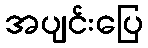
အပျင်းပြေ